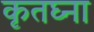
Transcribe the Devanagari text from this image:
कृतघ्ना